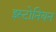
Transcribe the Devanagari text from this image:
इस्टोनियन